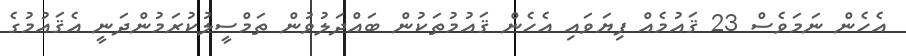
އެހެން ނަމަވެސް 23 ޤައުމެއް ފިޔަވައި އެހެން ޤައުމުތަކުން ބައްދަލުވުން ތަމްސީލުކުރަމުންދަނީ އެޤައުމުގެ